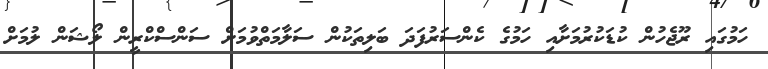
ހަމުގައި ރޫޖެހުން ކުޑަކުރުމަށާއި ހަމުގެ ކެންސަރުފަދަ ބަލިތަކުން ސަލާމަތްވުމަށް ސަންސްކްރީން ލޯޝަން ލުމަށް